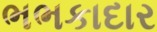
ભભકાદાર